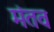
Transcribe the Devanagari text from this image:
मंतव